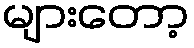
များတော့